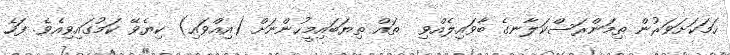
ހަމަކަށަވަރުން ތިމަންރަސްކަލާނގެ ބާވައިލެއްވި  ތައް ތިޔަބައިމީހުންނަށް (އިއްވައި) ކިޔެވޭ ކަމުގައިވިއެވެ. ފަހެ